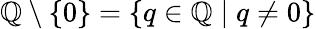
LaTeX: \mathbb{Q}\setminus\left\{ 0\right\} =\left\{ q\in\mathbb{Q}\mid q\neq 0\right\}